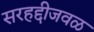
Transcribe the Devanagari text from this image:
सरहद्दीजवळ